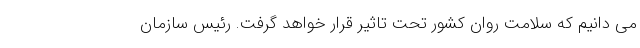
می دانیم که سلامت روان کشور تحت تاثیر قرار خواهد گرفت. رئیس سازمان